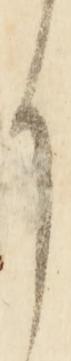
か